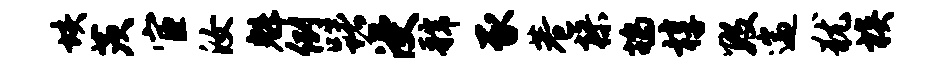
垓茨宦汝魁例躇浸虢豕巷操鸪椁数遄犹族